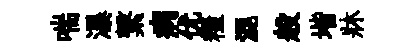
喘瀑繋病优糧混般堦牀